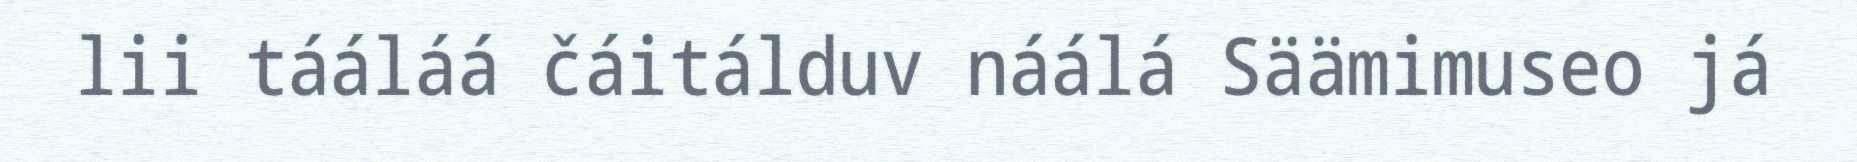
lii tááláá čáitálduv náálá Säämimuseo já